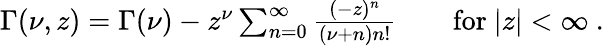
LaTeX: \begin{array}{r}{\Gamma(\nu,z)=\Gamma(\nu)-z^{\nu}\sum_{n=0}^{\infty}\frac{(-z)^{n}}{(\nu+n)n!}\qquad\mathrm{for}\ |z|<\infty\ .}\end{array}